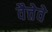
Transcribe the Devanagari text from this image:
वैत्तेवे